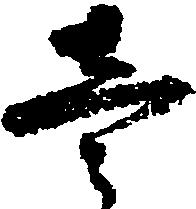
壱